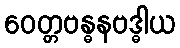
ဝေတ္တဗန္ဓနဗဒ္ဓါယ